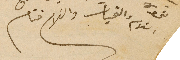
السَلام والتحيات والسَلام ختام